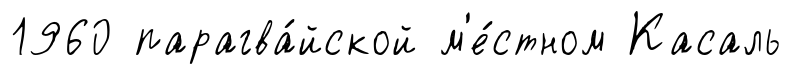
1960 парагва́йской м'е́стном Касаль